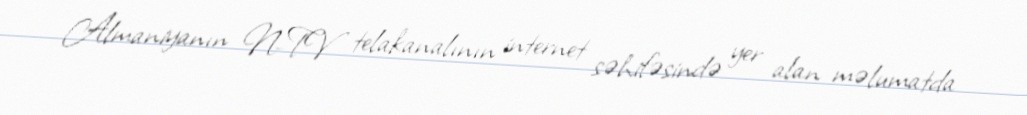
Almaniyanın N-TV telakanalının internet səhifəsində yer alan məlumatda